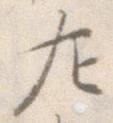
左